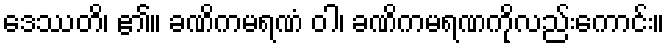
ဒေဿတိ၊ ၏။ ခဏိကမရဏံ ဝါ၊ ခဏိကမရဏကိုလည်းကောင်း။